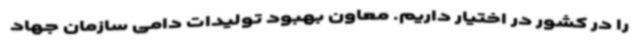
را در کشور در اختیار داریم. معاون بهبود تولیدات دامی سازمان جهاد